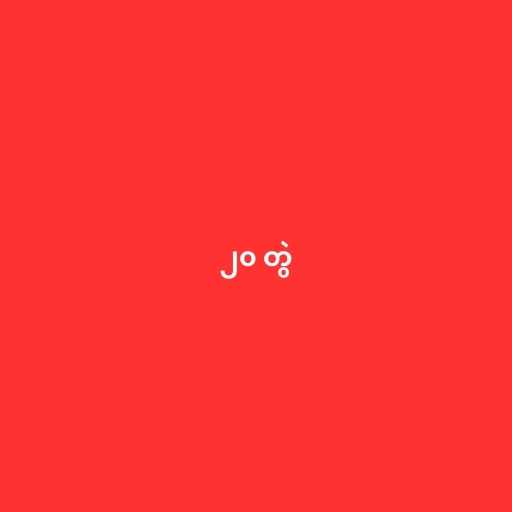
၂၀ တွဲ